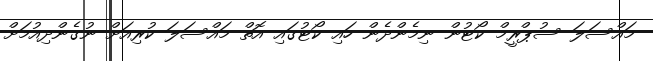
މައްސަލަ ސުޕްރީމް ކޯޓުން ނިމެންދެން ހައި ކޯޓުގައި އޮތް މައްސަލަ ކުރިއަށް ނުގެންދިއުމަށް